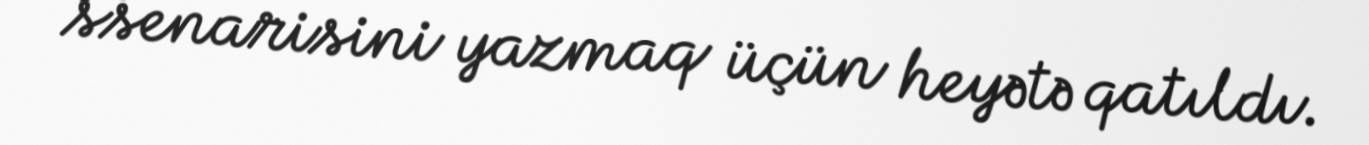
ssenarisini yazmaq üçün heyətə qatıldı.